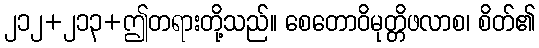
၂၁၂+၂၁၃+ဤတရားတို့သည်။ စေတောဝိမုတ္တိဖလာစ၊ စိတ်၏